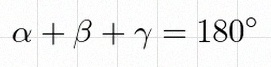
\alpha+\beta+\gamma=180^\circ